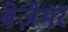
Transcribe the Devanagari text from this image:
बेज़ेमर